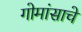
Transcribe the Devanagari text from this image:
गोमांसाचे